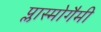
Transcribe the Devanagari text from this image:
प्लास्मोगैमी